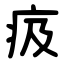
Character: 㽺